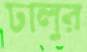
ঢালুর